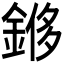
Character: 𫒬